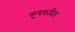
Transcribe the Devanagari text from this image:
कुचक्रप्रिय